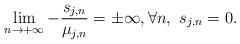
LaTeX: \begin{align*} \lim_{n \to +\infty} - \frac{s_{j,n}}{\mu_{j,n}} = \pm \infty, \forall n, \ s_{j,n} =0.\end{align*}